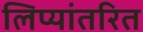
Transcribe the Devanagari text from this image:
लिप्यांतरित